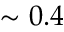
\sim 0 . 4